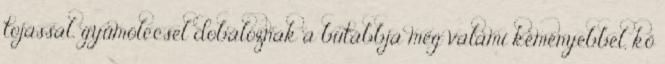
tojással, gyümölccsel dobálóznak a butábbja meg valami keményebbel, kő